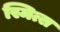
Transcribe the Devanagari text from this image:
स्मित्स